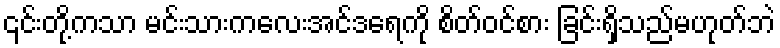
၎င်းတို့ကသာ မင်းသားကလေးအင်ဒရေကို စိတ်ဝင်စား ခြင်းရှိသည်မဟုတ်ဘဲ